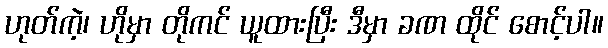
ဟုတ်ကဲ့၊ ဟိုမှာ တိုကင် ယူထားပြီး ဒီမှာ ခဏ ထိုင် စောင့်ပါ။